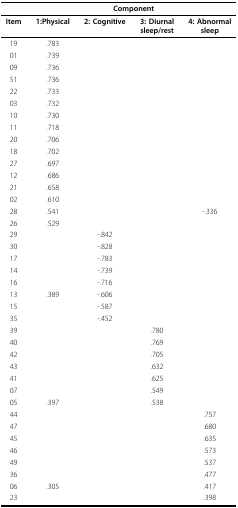
|  | <COLSPAN=4> Component |
 | --- | --- | --- | --- | --- |
 | Item | 1:Physical | 2: Cognitive | 3: Diurnal sleep/rest | 4: Abnormal sleep |
 | 19 | .783 |  |  |  |
 | 01 | .739 |  |  |  |
 | 09 | .736 |  |  |  |
 | 51 | .736 |  |  |  |
 | 22 | .733 |  |  |  |
 | 03 | .732 |  |  |  |
 | 10 | .730 |  |  |  |
 | 11 | .718 |  |  |  |
 | 20 | .706 |  |  |  |
 | 18 | .702 |  |  |  |
 | 27 | .697 |  |  |  |
 | 12 | .686 |  |  |  |
 | 21 | .658 |  |  |  |
 | 02 | .610 |  |  |  |
 | 28 | .541 |  |  | -.336 |
 | 26 | .529 |  |  |  |
 | 29 |  | -.842 |  |  |
 | 30 |  | -.828 |  |  |
 | 17 |  | -.783 |  |  |
 | 14 |  | -.739 |  |  |
 | 16 |  | -.716 |  |  |
 | 13 | .389 | -.606 |  |  |
 | 15 |  | -.587 |  |  |
 | 35 |  | -.452 |  |  |
 | 39 |  |  | .780 |  |
 | 40 |  |  | .769 |  |
 | 42 |  |  | .705 |  |
 | 43 |  |  | .632 |  |
 | 41 |  |  | .625 |  |
 | 07 |  |  | .549 |  |
 | 05 | .397 |  | .538 |  |
 | 44 |  |  |  | .757 |
 | 47 |  |  |  | .680 |
 | 45 |  |  |  | .635 |
 | 46 |  |  |  | .573 |
 | 49 |  |  |  | .537 |
 | 36 |  |  |  | .477 |
 | 06 | .305 |  |  | .417 |
 | 23 |  |  |  | .398 |